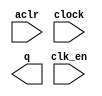
module lpm_counter_15bit (
	aclr,
	clk_en,
	clock,
	q);

	input	  aclr;
	input	  clk_en;
	input	  clock;
	output	[14:0]  q;

endmodule